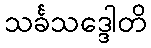
သင်္ခသဒ္ဒေါတိ